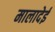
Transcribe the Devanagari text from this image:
मालादेई